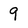
Character: 9